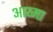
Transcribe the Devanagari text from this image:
आय्मा